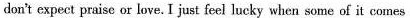
don't expect praise or love. I just feel lucky when somes of it comes